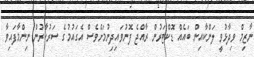
ނާޒިމް ވިދާޅުވީ ލަންކާއިން ބައެއް ޑޮކްޓަރުން ރާއްޖެ ފޮނުވައިދިނުމަށްވެސް އެގައުމުގެ ސަރުކާރުން ނިންމާފައިވާ